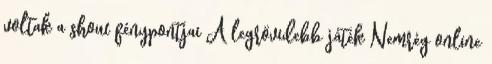
voltak a show fénypontjai A legrövidebb játék Nemrég online